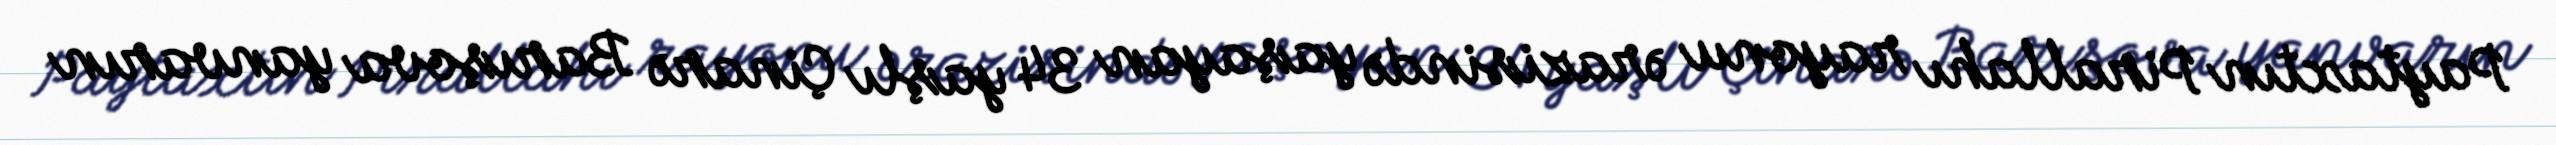
Paytaxtın Pirallahı rayonu ərazisində yaşayan 34 yaşlı Çinarə Barışova yanvarın